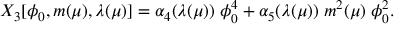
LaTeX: X _ { 3 } [ \phi _ { 0 } , m ( \mu ) , \lambda ( \mu ) ] = \alpha _ { 4 } ( \lambda ( \mu ) ) \; \phi _ { 0 } ^ { 4 } + \alpha _ { 5 } ( \lambda ( \mu ) ) \; m ^ { 2 } ( \mu ) \; \phi _ { 0 } ^ { 2 } .